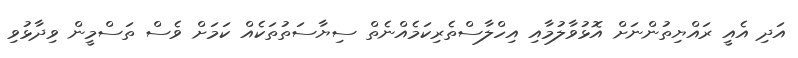
އަދި އެއީ ރައްޔިތުންނަށް އޮޅުވާލުމާއި އިހްލާސްތެރިކަމެއްނެތް ސިޔާސަތުތަކެއް ކަމަށް ވެސް ތަސްމީން ވިދާޅުވި